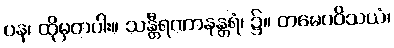
ပန၊ ထိုမှတပါး။ သန္တီရဏာနန္တရံ၊ ၌။ တမေဝဝိသယံ၊